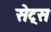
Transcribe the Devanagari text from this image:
सेट्‌स